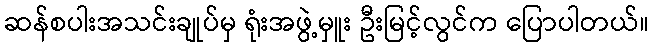
ဆန်စပါးအသင်းချုပ်မှ ရုံးအဖွဲ့မှူး ဦးမြင့်လွင်က ပြောပါတယ်။